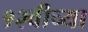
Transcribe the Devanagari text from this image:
१२वीच्या